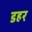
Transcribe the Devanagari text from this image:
डहर